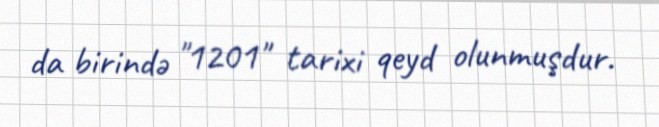
da birində "1201" tarixi qeyd olunmuşdur.